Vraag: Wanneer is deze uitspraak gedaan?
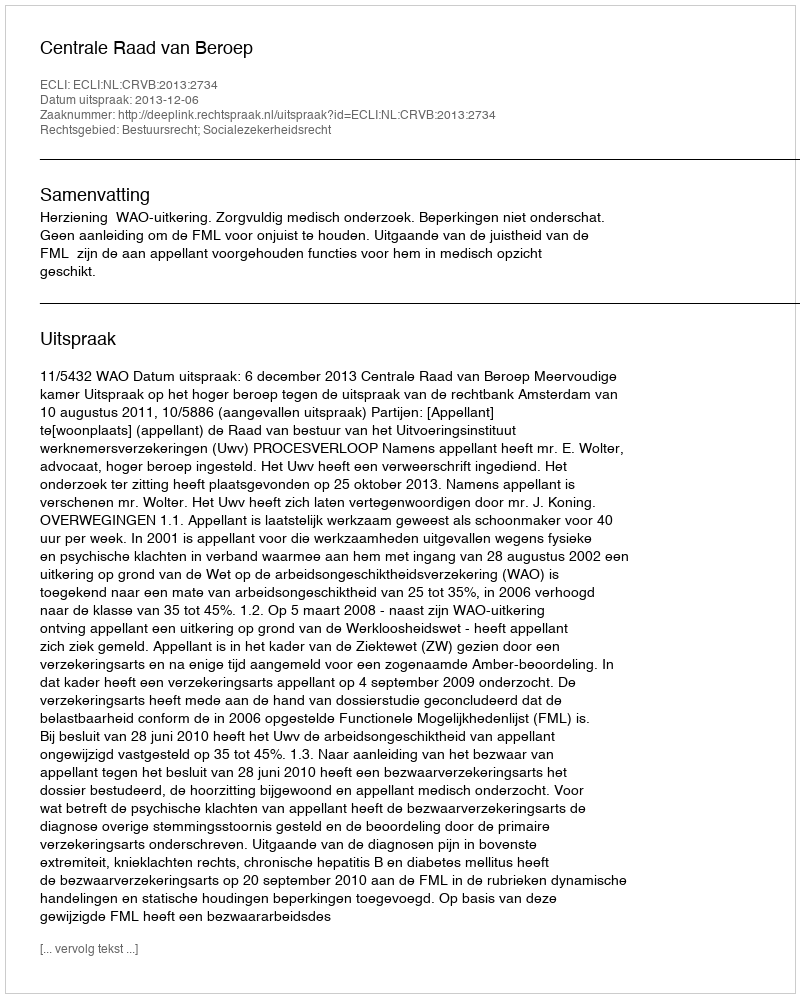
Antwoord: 2013-12-06